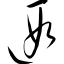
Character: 遐